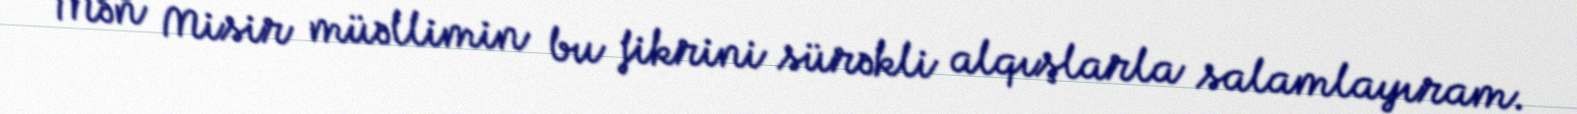
Mən Misir müəllimin bu fikrini sürəkli alqışlarla salamlayıram.